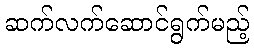
ဆက်လက်ဆောင်ရွက်မည့်